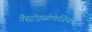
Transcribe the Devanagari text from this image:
गैस्ट्रोइसोफेजियल